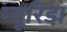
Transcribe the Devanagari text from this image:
म्यूरिडा